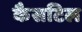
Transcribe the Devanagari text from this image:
कैसटिल